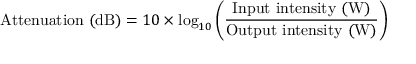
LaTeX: { \mathrm { A t t e n u a t i o n ~ ( d B ) } } = 1 0 \times \log _ { 1 0 } \left( { \frac { \mathrm { I n p u t ~ i n t e n s i t y ~ ( W ) } } { \mathrm { O u t p u t ~ i n t e n s i t y ~ ( W ) } } } \right)